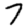
Digit: 7